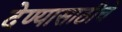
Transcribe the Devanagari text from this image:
देण्यासाठीचे